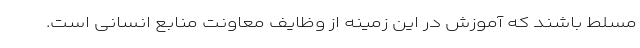
مسلط باشند که آموزش در این زمینه از وظایف معاونت منابع انسانی است.